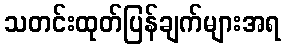
သတင်းထုတ်ပြန်ချက်များအရ